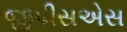
જીપીસએસ